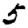
Digit: 5